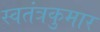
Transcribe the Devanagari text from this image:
स्वतंत्रकुमार